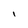
Character: I